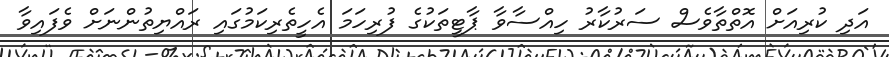
އަދި ކުރިއަށް އޮތްތާވެސް ސަރުކާރު ހިއްސާވާ ޕާޓީތަކުގެ ފުރިހަމަ އެހީތެރިކަމުގައި ރައްޔިތުންނަށް ވެފައިވާ